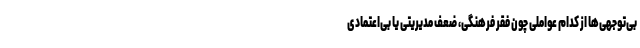
بی‌توجهی‌ها از کدام عواملی چون فقر فرهنگی، ضعف مدیریتی یا بی‌اعتمادی